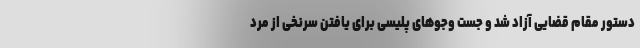
دستور مقام قضایی آزاد شد و جست وجو‌های پلیسی برای یافتن سرنخی از مرد